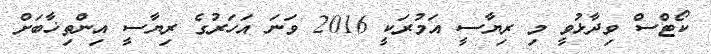
ކޯޓްސް ވިދާޅުވީ މި ރިޔާސީ އަމުރަކީ 2016 ވަނަ އަހަރުގެ ރިޔާސީ އިންތިޚާބަށް